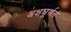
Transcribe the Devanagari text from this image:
अक्षघूर्णन